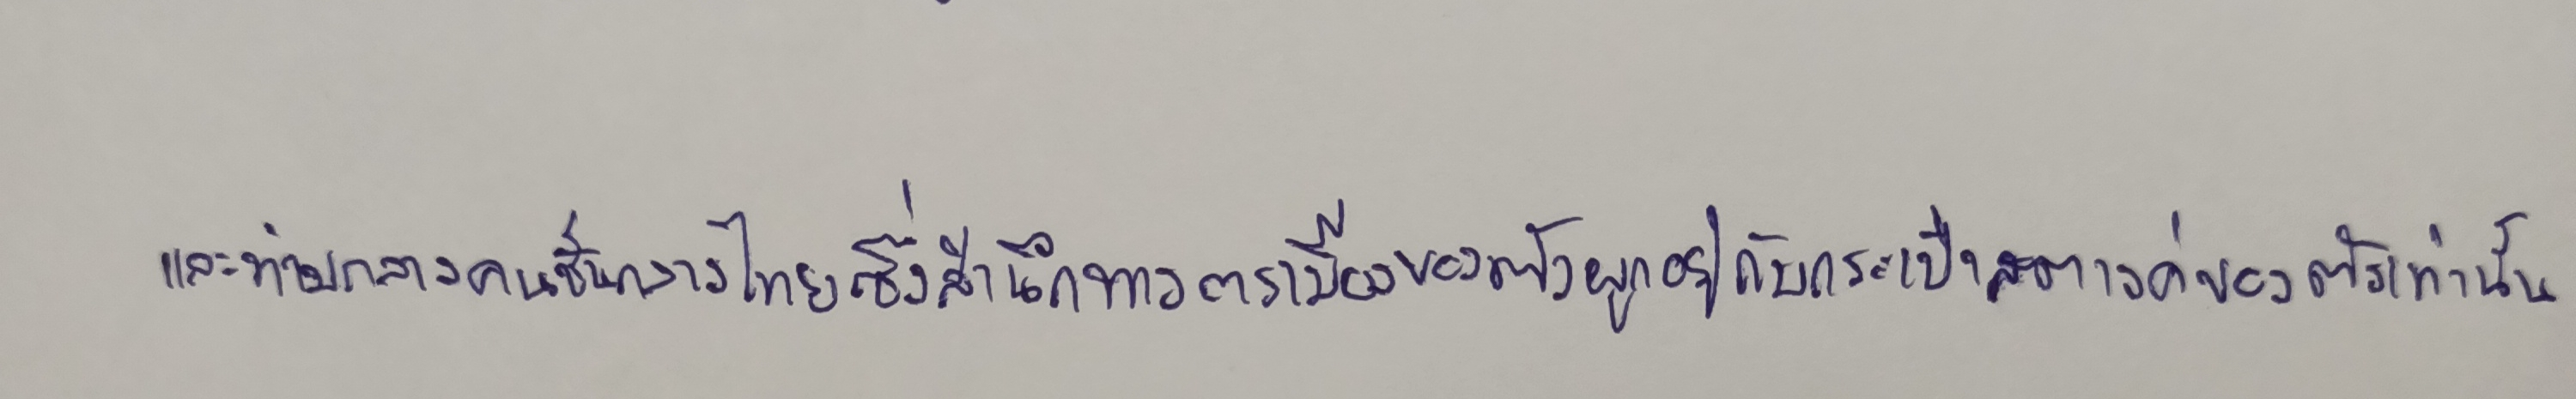
และท่ามกลางคนชั้นกลางไทยซึ่งสำนึกทางการเมืองของตัวผูกอยู่กับกระเป๋าสตางค์ของตัวเท่านั้น